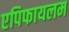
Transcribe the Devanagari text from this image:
एपिफायलम